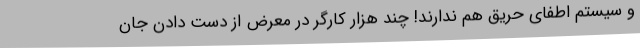
و سیستم اطفای حریق هم ندارند! چند هزار کارگر در معرض از دست دادن جان